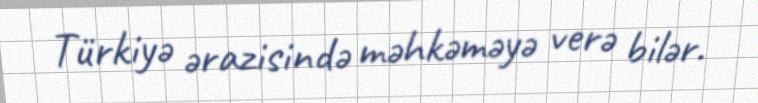
Türkiyə ərazisində məhkəməyə verə bilər.